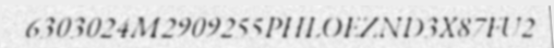
6303024M2909255PHLOEZND3X87FU2